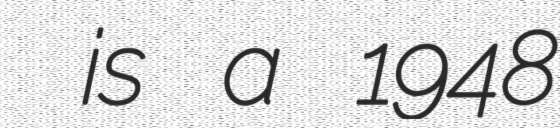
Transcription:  is a 1948